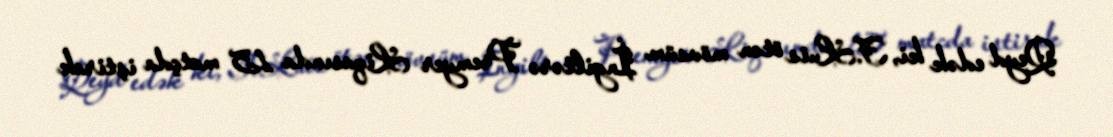
Qeyd edək ki, F.Luis ötən mövsüm İngiltərə Premyer Liqasında 15 matçda iştirak